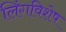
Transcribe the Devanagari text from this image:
लिंगविशेष